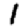
Digit: 1